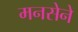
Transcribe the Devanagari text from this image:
मनसेने